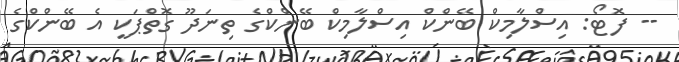
-- ފޮޓޯ: އިސްލާމިކް ބޭންކް އިސްލާމިކް ބޭންކްގެ ތިނަދޫ ގޮތްޕަކީ އެ ބޭންކްގެ